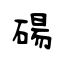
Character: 碭